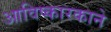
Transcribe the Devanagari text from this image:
आविष्कारकाने